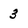
Character: 3